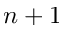
n + 1